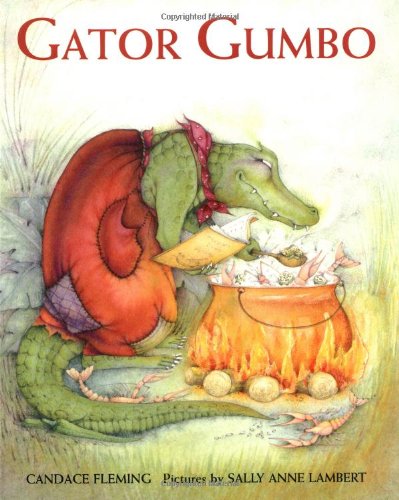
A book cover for Gator Gumbo: A Spicy-Hot Tale; Candace Fleming; Children's Books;